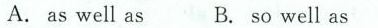
A.as well as B.sowell as